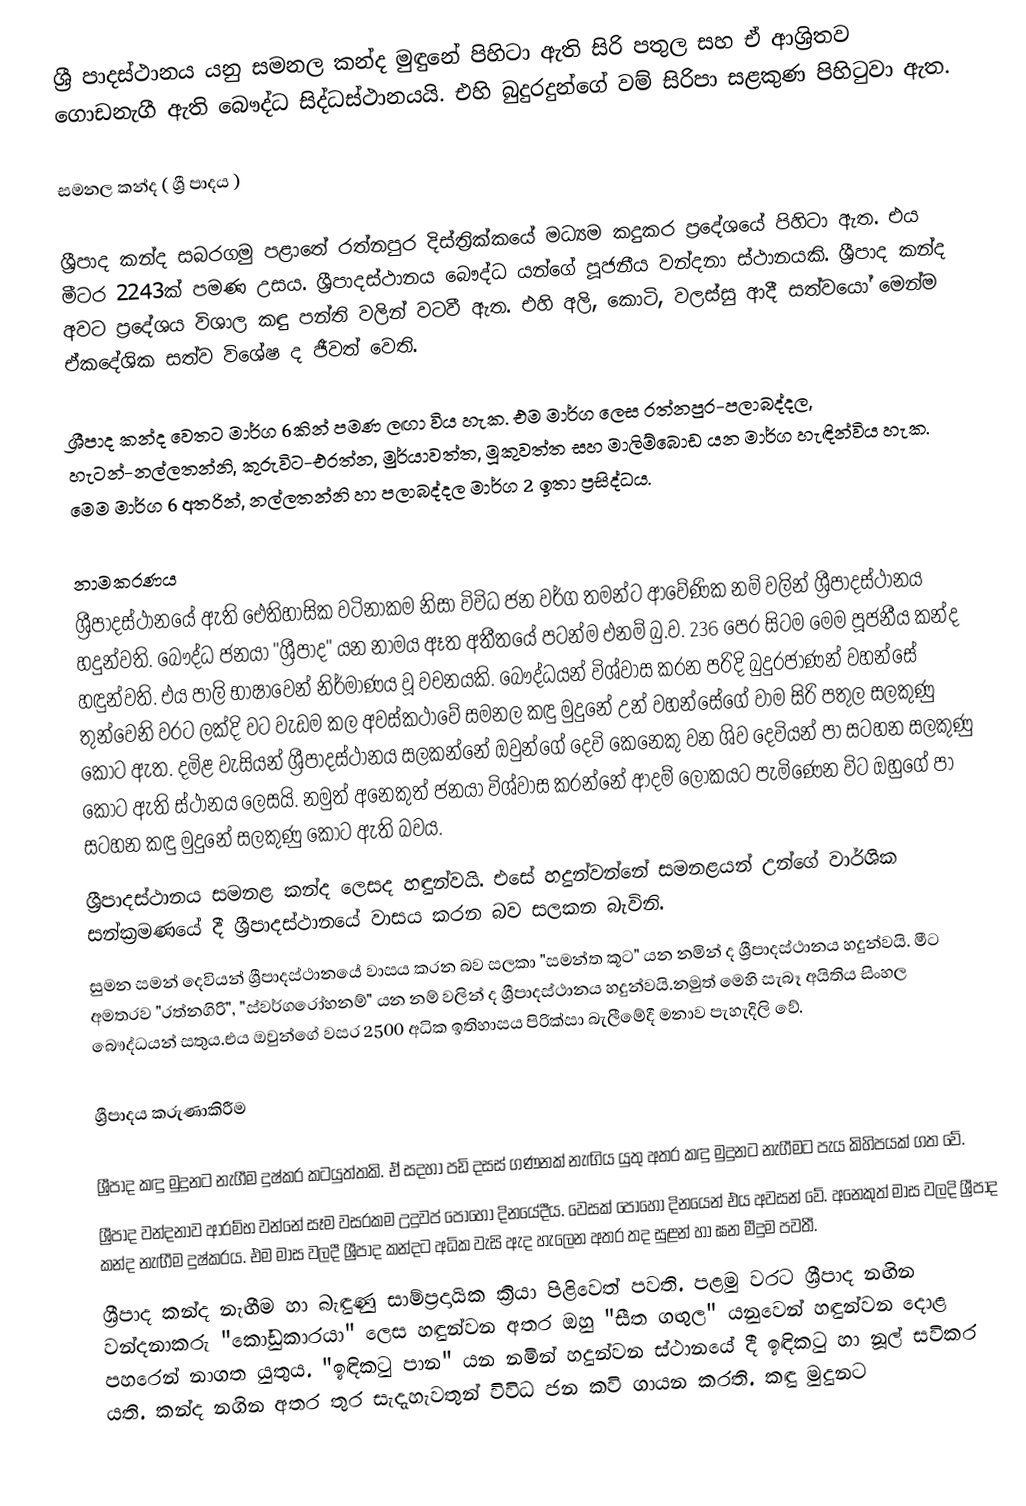
ශ්‍රී පාදස්ථානය යනු සමනල කන්ද මුඳුනේ පිහිටා ඇති සිරි පතුල සහ ඒ ආශ්‍රිතව ගොඩනැගී ඇති බෞද්ධ සිද්ධස්ථානයයි. එහි බුදුරදුන්ගේ වම් සිරිපා සළකුණ පිහිටුවා ඇත.

සමනල කන්ද ( ශ්‍රී පාදය )

ශ්‍රීපාද කන්ද සබරගමු පළාතේ රත්නපුර දිස්ත්‍රික්කයේ මධ්‍යම කදුකර ප්‍රදේශයේ පිහිටා ඇත. එය මීටර 2243ක් පමණ උසය. ශ්‍රීපාදස්ථානය බෞද්ධ  යන්ගේ  පූජනීය වන්දනා ස්ථානයකි.  ශ්‍රීපාද කන්ද අවට ප්‍රදේශය විශාල කඳු පන්ති වලින් වටවී ඇත. එහි අලි, කොටි, වලස්සු ආදී සත්වයෝ මෙන්ම ඒකදේශික සත්ව විශේෂ ද ජීවත් වෙති.

ශ්‍රීපාද කන්ද වෙතට මාර්ග 6කින් පමණ ලඟා විය හැක. එම මාර්ග ලෙස රත්නපුර-පලාබද්දල, හැටන්-නල්ලතන්නි, කුරුවිට-එරත්න, මුර්යාවත්ත, මූකුවත්ත සහ මාලිම්බොඩ යන මාර්ග හැඳින්විය හැක. මෙම මාර්ග 6 අතරින්,  නල්ලතන්නි හා පලාබද්දල මාර්ග 2 ඉතා ප්‍රසිද්ධය.

නාමකරණය
ශ්‍රීපාදස්ථානයේ ඇති ඓතිහාසික වටිනාකම නිසා විවිධ ජන වර්ග තමන්ට ආවේණික නම් වලින් ශ්‍රීපාදස්ථානය හදුන්වති. බෞද්ධ ජනයා "ශ්‍රීපාද" යන නාමය ඈත අතීතයේ පටන්ම එනම් බු.ව. 236 පෙර සිටම  මෙම පූජනීය කන්ද හඳුන්වති. එය පාලි භාෂාවෙන් නිර්මාණය වූ වචනයකි. බෞද්ධයන් විශ්වාස කරන පරිදි බුදුරජාණන් වහන්සේ තුන්වෙනි වරට ලක්දි වට වැඩම කල අවස්කථාවේ සමනල කඳු මුදුනේ උන් වහන්සේගේ වාම සිරි පතුල සලකුණු කොට ඇත. දමිළ වැසියන් ශ්‍රීපාදස්ථානය සලකන්නේ ඔවුන්ගේ දෙවි කෙනෙකු වන ශිව දෙවියන් පා සටහන සලකුණු කොට ඇති ස්ථානය ලෙසයි. නමුත් අනෙකුත් ජනයා විශ්වාස කරන්නේ ආදම් ලෝකයට පැමිණෙන විට ඔහුගේ පා සටහන කඳු මුදුනේ සලකුණු කොට ඇති බවය.
ශ්‍රීපාදස්ථානය සමනළ කන්ද ලෙසද හඳුන්වයි. එසේ හදුන්වන්නේ සමනළයන් උන්ගේ වාර්ශික සන්ක්‍රමණයේ දී ශ්‍රීපාදස්ථානයේ වාසය කරන බව සලකන බැවිනි.
සුමන සමන් දෙවියන් ශ්‍රීපාදස්ථානයේ වාසය කරන බව සලකා "සමන්ත කූට" යන නමින් ද ශ්‍රීපාදස්ථානය හදුන්වයි. මීට අමතරව "රත්නගිරි", "ස්වර්ගරෝහනම්" යන නම් වලින් ද ශ්‍රීපාදස්ථානය හදුන්වයි.නමුත් මෙහි සැබෑ අයිතිය සිංහල බෞද්ධයන් සතුය.එය ඔවුන්ගේ වසර 2500 අධික ඉතිහාසය පිරික්සා බැලීමේදී මනාව පැහැදිලි වේ.

ශ්‍රීපාදය කරුණාකිරීම

ශ්‍රීපාද කඳු මුදුනට නැගීම දුෂ්කර කටයුත්තකි. ඒ සදහා පඩි දසස් ගණනක් නැඟිය යුතු අතර කඳු මුදුනට නැගීමට පැය කිහිපයක් ගත වේ.
ශ්‍රීපාද වන්දනාව ආරම්භ වන්නේ සෑම වසරකම උදුවප් පොහෝ දිනයේදීය. වෙසක් පොහෝ දිනයෙන් එය අවසන් වේ. අනෙකුත් මාස වලදි ශ්‍රීපාද කන්ද නැඟීම දුෂ්කරය. එම මාස වලදී ශ්‍රීපාද කන්දට අධික වැසි ඇද හැලෙන අතර තද සුළන් හා ඝන මීදුම පවතී.
ශ්‍රීපාද කන්ද නැඟීම හා බැඳුණු සාම්ප්‍රදායික ක්‍රියා පිළිවෙත් පවති. පළමු වරට ශ්‍රීපාද නඟින වන්දනාකරු "කෝඩුකාරයා" ලෙස හඳුන්වන අතර ඔහු "සීත ගඟුල" යනුවෙන් හඳුන්වන දොළ පහරෙන් නාගත යුතුය. "ඉඳිකටු පාන" යන නමින් හදුන්වන ස්ථානයේ දී ඉඳිකටු හා නූල් සවිකර යති. කන්ද නගින අතර තුර සැදැහැවතුන් විවිධ ජන කවි ගායන කරති. කඳු මුදුනට